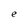
Character: e